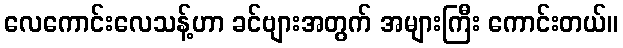
လေကောင်းလေသန့်ဟာ ခင်ဗျားအတွက် အများကြီး ကောင်းတယ်။